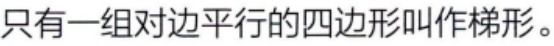
只有一组对边平行的四边形叫作梯形。